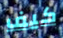
كيف